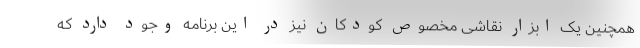
همچنین یک ابزار نقاشی مخصوص کودکان نیز در این برنامه وجود دارد که